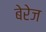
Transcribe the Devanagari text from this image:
बेरेज